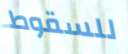
للسقوط